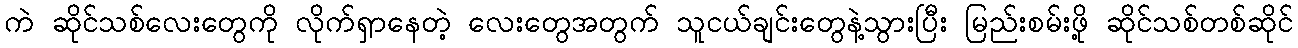
ကဲ ဆိုင်သစ်လေးတွေကို လိုက်ရှာနေတဲ့ လေးတွေအတွက် သူငယ်ချင်းတွေနဲ့သွားပြီး မြည်းစမ်းဖို့ ဆိုင်သစ်တစ်ဆိုင်